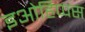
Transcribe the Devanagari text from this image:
इओहिप्पस